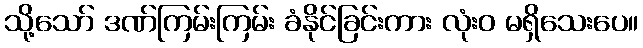
သို့သော် ဒဏ်ကြမ်းကြမ်း ခံနိုင်ခြင်းကား လုံးဝ မရှိသေးပေ။